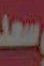
سعد